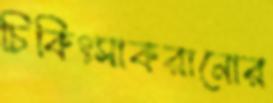
চিকিৎসাকরানোর